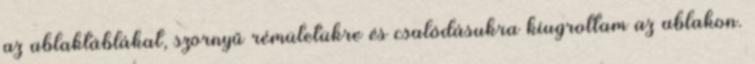
az ablaktáblákat, szörnyű rémületükre és csalódásukra kiugrottam az ablakon.